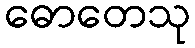
ဓောတေသု